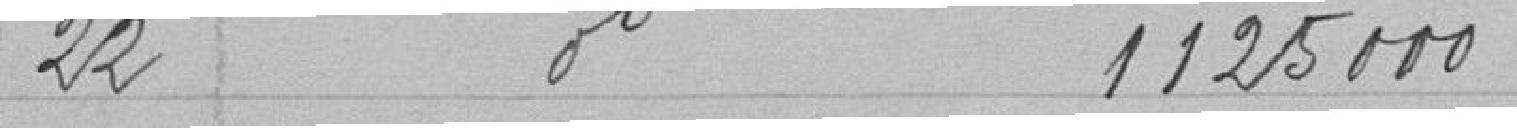
22 1 125 000